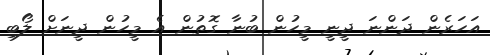
އަހަރެން ދަންނަ ދީނީ މީހުން ބުނާ ގޮތުން އެ މީހުން ދީނަށް ލޯބި